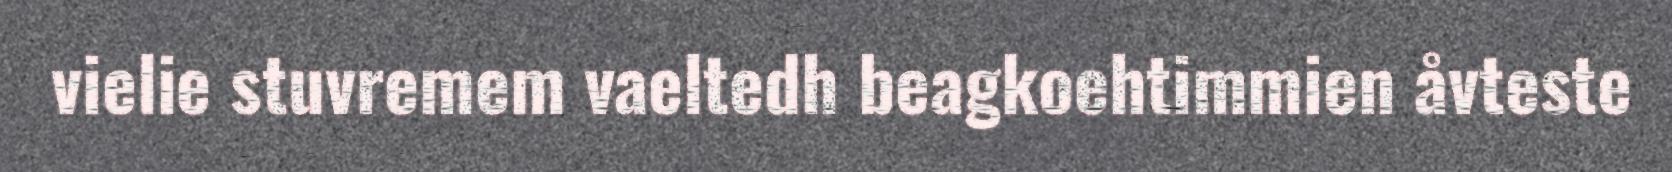
vielie stuvremem vaeltedh beagkoehtimmien åvteste